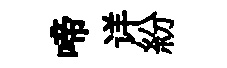
啼详紛